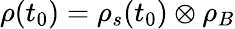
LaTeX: \rho(t_{0})=\rho_{s}(t_{0})\otimes\rho_{B}